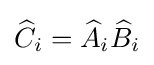
{\widehat {C}}_{i}={\widehat {A}}_{i}{\widehat {B}}_{i}